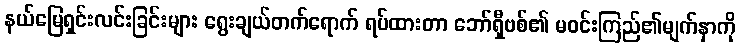
နယ်မြေရှင်းလင်းခြင်းများ ရွေးချယ်တက်ရောက် ရပ်ထားတာ ဘော်ရှီဗစ်၏ မဝင်းကြည်၏မျက်နှာကို